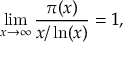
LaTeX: \operatorname* { l i m } _ { x \to \infty } { \frac { \pi ( x ) } { x / \ln ( x ) } } = 1 ,